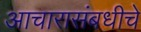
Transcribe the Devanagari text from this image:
आचारासंबधीचे